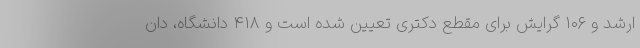
ارشد و ۱۰۶ گرایش برای مقطع دکتری تعیین شده است و ۴۱۸ دانشگاه، دان